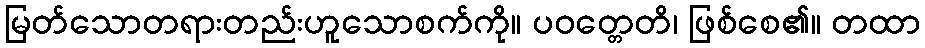
မြတ်သောတရားတည်းဟူသောစက်ကို။ ပဝတ္တေတိ၊ ဖြစ်စေ၏။ တထာ